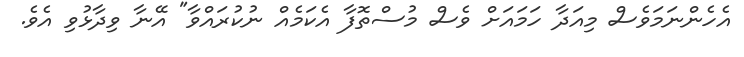
އެހެންނަމަވެސް މިއަދާ ހަމައަށް ވެސް މުސްތޮފާ އެކަމެއް ނުކުރައްވާ" އޭނާ ވިދާޅުވި އެވެ.